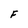
Character: F